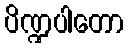
ပိဏ္ဍပါတော